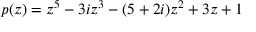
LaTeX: p ( z ) = z ^ { 5 } - 3 i z ^ { 3 } - ( 5 + 2 i ) z ^ { 2 } + 3 z + 1